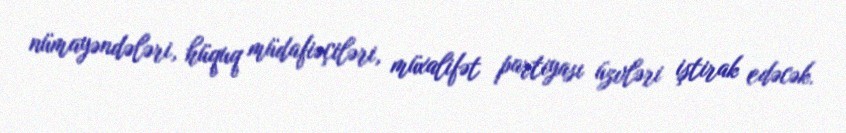
nümayəndələri, hüquq müdafiəçiləri, müxalifət partiyası üzvləri iştirak edəcək.